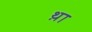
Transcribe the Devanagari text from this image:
थ़ा